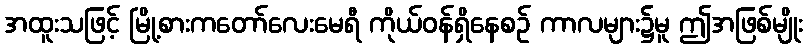
အထူးသဖြင့် မြို့စားကတော်လေးမေရီ ကိုယ်ဝန်ရှိနေစဉ် ကာလများ၌မူ ဤအဖြစ်မျိုး